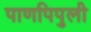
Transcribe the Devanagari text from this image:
पाणपिपुली